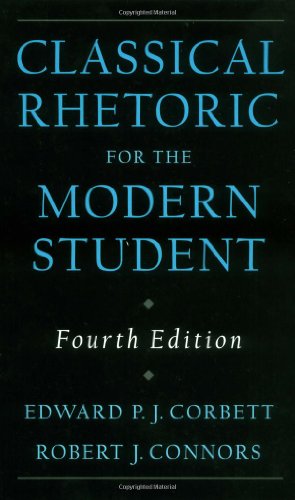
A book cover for Classical Rhetoric for the Modern Student, 4th Edition; Edward P. J. Corbett; Reference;